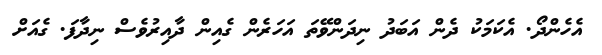
އެހެންދޯ. އެކަމަކު ދެން އަބަދު ނިދަންވޭތަ އަހަރެން ގެއިން ދާއިރުވެސް ނިދާފަ. ގެއަށް